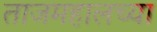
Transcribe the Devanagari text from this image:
ताजमहालच्या